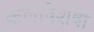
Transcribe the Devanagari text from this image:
कलावेशेषों